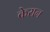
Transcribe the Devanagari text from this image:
केरान